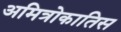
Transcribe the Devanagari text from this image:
अमित्रोकातिस